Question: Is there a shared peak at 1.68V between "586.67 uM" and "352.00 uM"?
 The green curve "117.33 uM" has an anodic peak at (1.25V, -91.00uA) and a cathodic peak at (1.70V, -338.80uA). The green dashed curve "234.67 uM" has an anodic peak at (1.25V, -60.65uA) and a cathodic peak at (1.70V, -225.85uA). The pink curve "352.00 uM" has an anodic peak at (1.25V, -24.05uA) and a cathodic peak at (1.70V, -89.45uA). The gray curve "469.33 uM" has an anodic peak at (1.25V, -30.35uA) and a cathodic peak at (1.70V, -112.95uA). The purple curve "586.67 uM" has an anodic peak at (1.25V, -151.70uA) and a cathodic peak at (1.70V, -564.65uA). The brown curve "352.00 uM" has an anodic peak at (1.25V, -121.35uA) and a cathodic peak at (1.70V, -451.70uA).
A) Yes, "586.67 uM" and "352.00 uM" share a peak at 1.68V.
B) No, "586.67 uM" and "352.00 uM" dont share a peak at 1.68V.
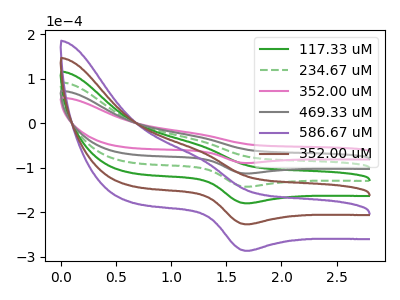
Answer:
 <answer>A) Yes, "586.67 uM" and "352.00 uM" share a peak at 1.68V.</answer>
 <eval>A</eval>